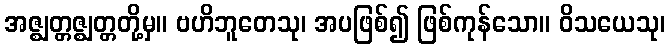
အဇ္ဈတ္တဇ္ဈတ္တတို့မှ။ ဗဟိဘူတေသု၊ အပဖြစ်၍ ဖြစ်ကုန်သော။ ဝိသယေသု၊